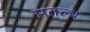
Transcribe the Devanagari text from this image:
मतल्ब